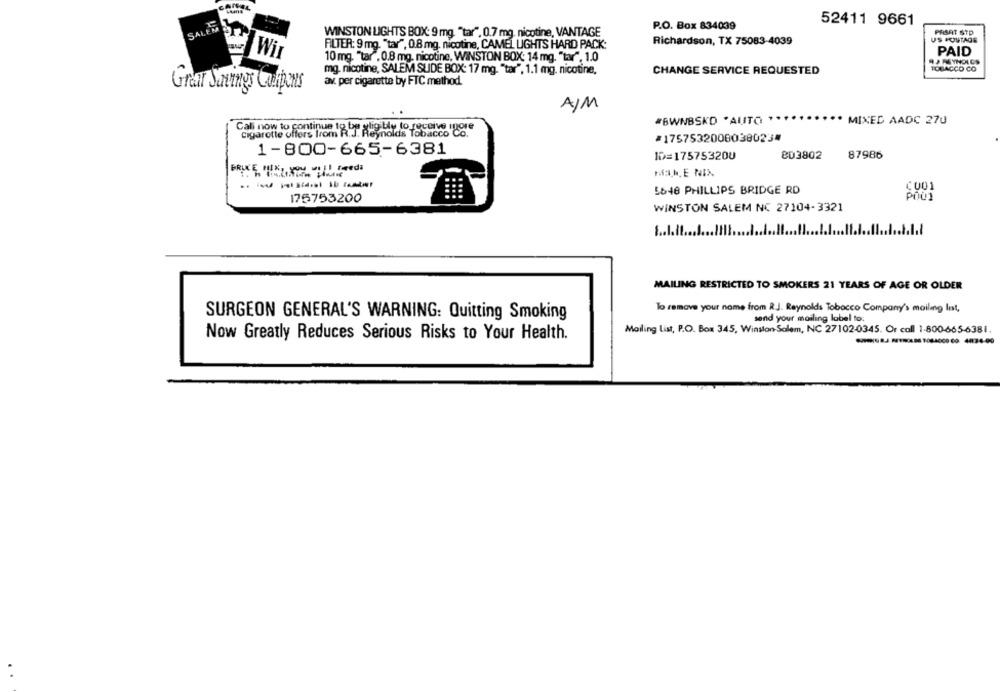
52411 9661
P.O. Box 834039
WINSTON LIGHTS BOX: 9 mg. "tar". 0.7 mg. nicotine, VANTAGE
PASAT STD
Richardson, TX 75083-4039
US PONTAGE
FILTER: 9 mg. "tar", 0.8 mg. nicotine, CAMEL LIGHTS HARD PACK:
Wi
PAID
10 mg. "tar". 0.8 mg. nicotine, WINSTON BOX: 14 mg. "tar", 1.0
TOBACCO CO
mg. nicotine, SALEM SUDE BOX: 17 mg. "tar", 1.1 mg. nicotine,
CHANGE SERVICE REQUESTED
av. per cigarette by FTC method.
Graf Savings Coupons
A/M
#BWNBSKD 'AUTO
MIXED AADC 270
Cigarette offers from R.T. Riguardo rosangela
ynolds Tobacco C
#17575320000380234
1-800-665-6381
ID=175753200
803802
87986
C001
5648 PHILLIPS BRIDGE RD
176753200
WINSTON SALEM NC 27104-3321
.1.1
1 ..
MAILING RESTRICTED TO SMOKERS 21 YEARS OF AGE OR OLDER
To remove your name from R.J. Reynolds Tobacco Company's mailing Int,
SURGEON GENERAL'S WARNING: Quitting Smoking
send your mailing label to:
Mailing List, P.O. Box 345, Winston- Salem, NC 27102-0345. Or call 1-800-665-6381.
Now Greatly Reduces Serious Risks to Your Health.